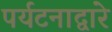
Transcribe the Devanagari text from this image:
पर्यटनाद्वारे